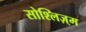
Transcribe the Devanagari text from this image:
सोश्लिज़्म